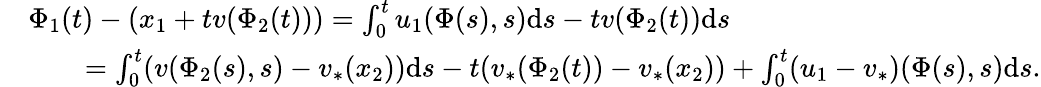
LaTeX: \begin{array}{rl}&{{\Phi}_{1}(t)-(x_{1}+tv(\Phi_{2}(t)))=\int_{0}^{t}u_{1}(\Phi(s),s)\mathrm{d}s-tv(\Phi_{2}(t))\mathrm{d}s}\\ &{\qquad=\int_{0}^{t}(v(\Phi_{2}(s),s)-v_{*}(x_{2}))\mathrm{d}s-t(v_{*}(\Phi_{2}(t))-v_{*}(x_{2}))+\int_{0}^{t}(u_{1}-v_{*})(\Phi(s),s)\mathrm{d}s.}\end{array}